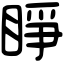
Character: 睜